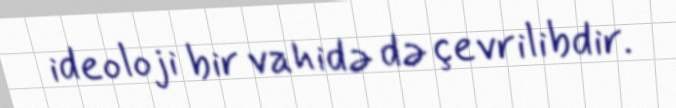
ideoloji bir vahidə də çevrilibdir.